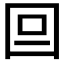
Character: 𡆷